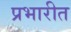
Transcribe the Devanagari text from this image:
प्रभारीत